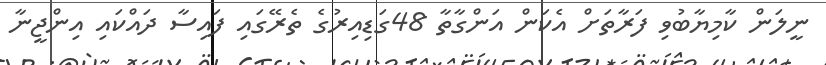
ނީލަން ކާމިޔާބުވި ފަރާތަށް އެކަން އަންގާތާ 48ގަޑިއިރުގެ ތެރޭގައި ފައިސާ ދައްކައި އިންޖީނާ